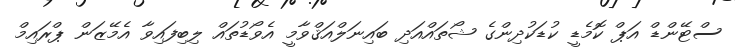
ސްޓޭންޑް އަޕް ކޮމެޑީ ކުޑަކުދިންގެ ޝޯތައްއަދި ބައިނަލްއަޤްވާމީ އެވޯޑުތައް ލިބިފައިވާ އެމޭޒަން ޕްރައިމް